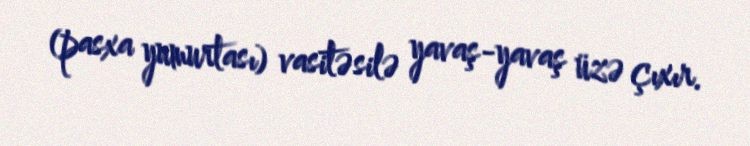
(pasxa yumurtası) vasitəsilə yavaş-yavaş üzə çıxır.